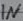
Text: IN